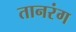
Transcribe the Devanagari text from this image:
तानरंग